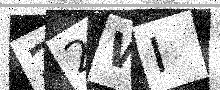
Text: 22WI